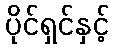
ပိုင်ရှင်နှင့်